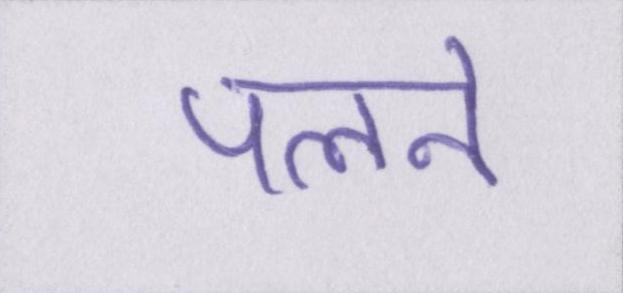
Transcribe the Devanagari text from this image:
पलने